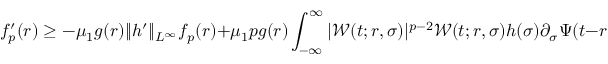
f _ { p } ^ { \prime } ( r ) \geq - \mu _ { 1 } g ( r ) \| h ^ { \prime } \| _ { L ^ { \infty } } f _ { p } ( r ) + \mu _ { 1 } p g ( r ) \int _ { - \infty } ^ { \infty } | \mathcal { W } ( t ; r , \sigma ) | ^ { p - 2 } \mathcal { W } ( t ; r , \sigma ) h ( \sigma ) \partial _ { \sigma } \Psi ( t - r , \sigma ) d \sigma ,